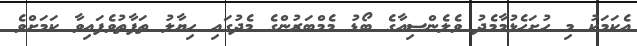
އެކަަމަކު މި ހުށަހެޅުމާމެދު ވެލެންސިއާގެ ބޯޑު މެމްބަރުންގެ މެދުގައި ހިޔާލު ތަފާތުވެފައިވާ ކަމަށްވެ